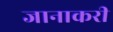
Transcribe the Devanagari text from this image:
जानाकरी